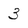
Character: 3